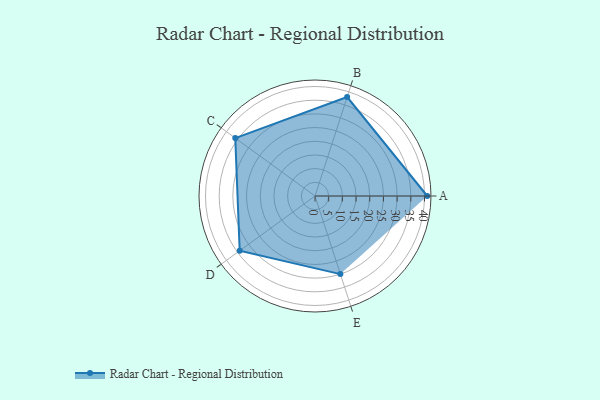
{"axis": {"x": "Skill", "y": "Score"}, "legend": ["Profile"], "data": [{"x": "A", "y": 41.0, "type": "Profile"}, {"x": "B", "y": 38.0, "type": "Profile"}, {"x": "C", "y": 36.0, "type": "Profile"}, {"x": "D", "y": 34.0, "type": "Profile"}, {"x": "E", "y": 30.0, "type": "Profile"}]}